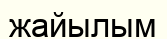
жайылым